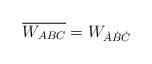
LaTeX: \begin{align*}\overline{W_{ABC}}=W_{\dot A\dot B\dot C}\end{align*}